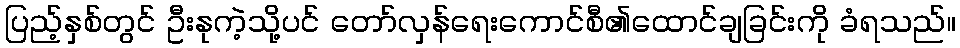
ပြည့်နှစ်တွင် ဦးနုကဲ့သို့ပင် တော်လှန်ရေးကောင်စီ၏ထောင်ချခြင်းကို ခံရသည်။